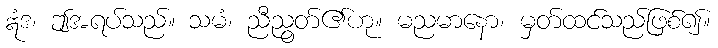
ဣံဒ၊ ဤအရပ်သည်။ သမံ၊ ညီညွတ်၏ဟု။ မညမာနော၊ မှတ်ထင်သည်ဖြစ်၍။